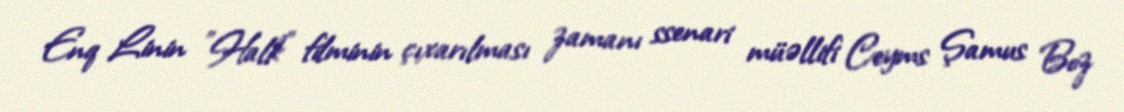
Enq Linin "Halk" filminin çıxarılması zamanı ssenari müəllifi Ceyms Şamus Boz